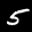
Label: 5